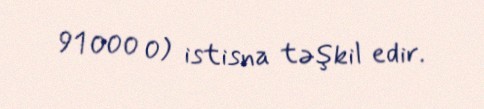
91 000 0) istisna təşkil edir.